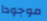
موجودا